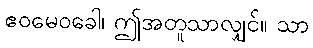
ဧဝမေဝခေါ၊ ဤအတူသာလျှင်။ သာ